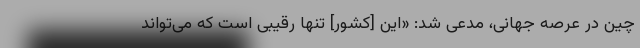
چین در عرصه جهانی، مدعی شد: «این [کشور] تنها رقیبی است که می‌تواند